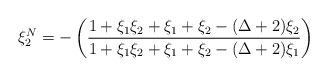
LaTeX: \begin{align*}\xi _{2}^{N}=-\left( \frac{1+\xi _{1}\xi _{2}+\xi _{1}+\xi _{2}-(\Delta+2)\xi _{2}}{1+\xi _{1}\xi _{2}+\xi _{1}+\xi _{2}-(\Delta +2)\xi _{1}}\right)\end{align*}